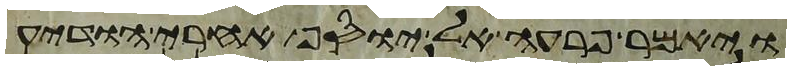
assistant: ויאמר פרעה אל יוסף אחרי הודיע